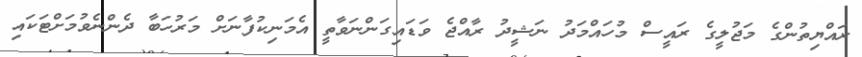
ރައްޔިތުންގެ މަޖުލީގެ ރައީސް މުހައްމަދު ނަޝީދު ރާއްޖެ ވަޑައިގަންނަވާތީ އެމަނިކުފާނަށް މަރުހަބާ ދެންނެވުމަށްޓަކައި